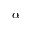
\alpha